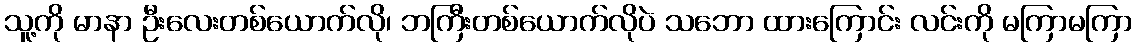
သူ့ကို မာနာ ဦးလေးတစ်ယောက်လို၊ ဘကြီးတစ်ယောက်လိုပဲ သဘော ထားကြောင်း လင်းကို မကြာမကြာ